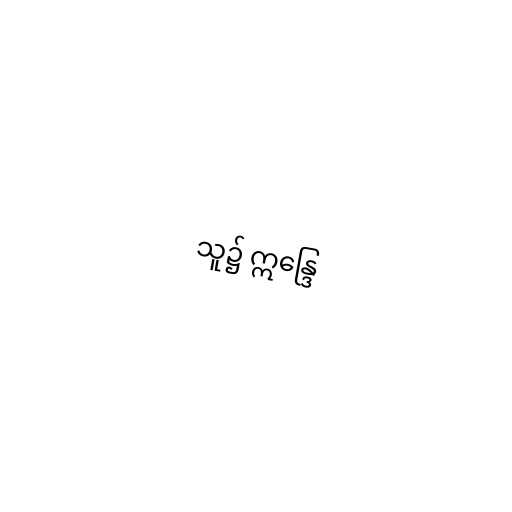
သူ၌ ဣန္ဒြေ